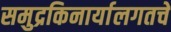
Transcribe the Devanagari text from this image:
समुद्रकिनार्यालगतचे